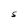
Character: S